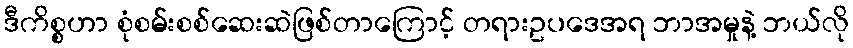
ဒီကိစ္စဟာ စုံစမ်းစစ်ဆေးဆဲဖြစ်တာကြောင့် တရားဥပဒေအရ ဘာအမှုနဲ့ ဘယ်လို